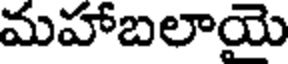
మహాబలాయె